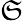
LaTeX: \mathfrak{S}